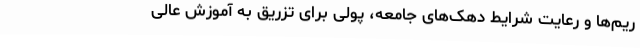
ریم‌ها و رعایت شرایط دهک‌های جامعه، پولی برای تزریق به آموزش عالی